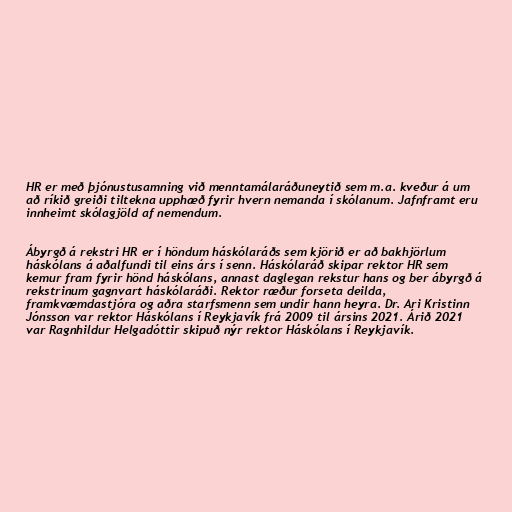
HR er með þjónustusamning við menntamálaráðuneytið sem m.a. kveður á um
að ríkið greiði tiltekna upphæð fyrir hvern nemanda í skólanum. Jafnframt eru
innheimt skólagjöld af nemendum.

Ábyrgð á rekstri HR er í höndum háskólaráðs sem kjörið er að bakhjörlum
háskólans á aðalfundi til eins árs í senn. Háskólaráð skipar rektor HR sem
kemur fram fyrir hönd háskólans, annast daglegan rekstur hans og ber ábyrgð á
rekstrinum gagnvart háskólaráði. Rektor ræður forseta deilda,
framkvæmdastjóra og aðra starfsmenn sem undir hann heyra. Dr. Ari Kristinn
Jónsson var rektor Háskólans í Reykjavík frá 2009 til ársins 2021. Árið 2021
var Ragnhildur Helgadóttir skipuð nýr rektor Háskólans í Reykjavík.